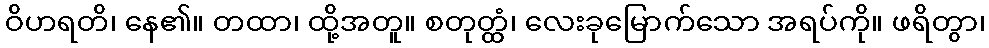
ဝိဟရတိ၊ နေ၏။ တထာ၊ ထို့အတူ။ စတုတ္ထံ၊ လေးခုမြောက်သော အရပ်ကို။ ဖရိတွာ၊